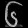
Digit: ၆